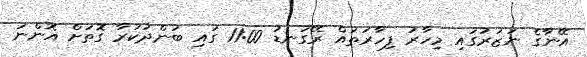
އޭނާގެ ނަޒަރުގައި މިހާރު ފިހާރަތައް ރޭގަނޑު 11:00 ގައި ބަންދުކުރާ ގޮތަށް އޮންނަ